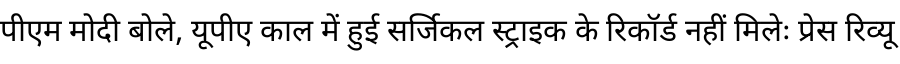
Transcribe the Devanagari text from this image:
पीएम मोदी बोले, यूपीए काल में हुई सर्जिकल स्ट्राइक के रिकॉर्ड नहीं मिलेः प्रेस रिव्यू